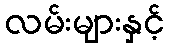
လမ်းများနှင့်